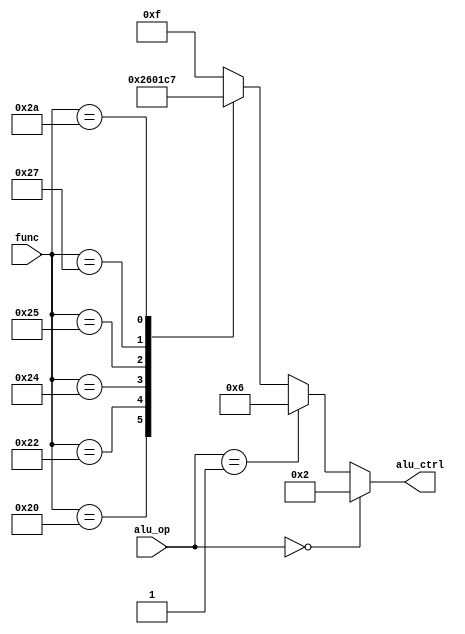
module ALUControl (alu_op, func, alu_ctrl);

input [1:0] alu_op;

input [5:0] func;

output reg [3:0] alu_ctrl;

always @(alu_op, func)

	if(alu_op==0)

		alu_ctrl<=2;

	else if(alu_op==1)

		alu_ctrl<=6;

	else

		case(func)

			32: alu_ctrl <= 2; //add

			34: alu_ctrl <= 6; //subtract

			36: alu_ctrl <= 0; //and

			37: alu_ctrl <= 1; //or

			39: alu_ctrl <= 12; //nor

			42: alu_ctrl <= 7; //slt

			default: alu_ctrl <= 15; //should not happen

		endcase
endmodule